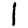
Digit: 1